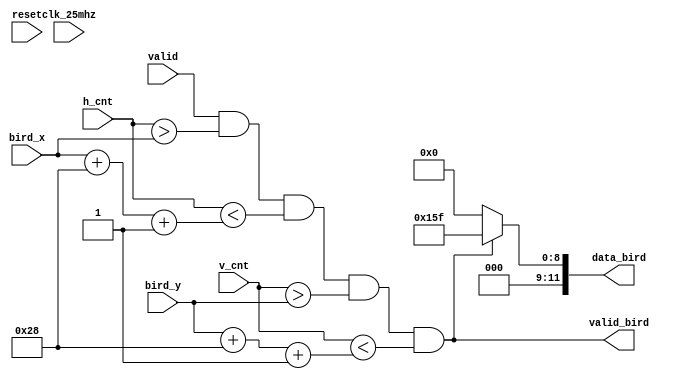
`timescale 1ns / 1ps
//////////////////////////////////////////////////////////////////////////////////
// Company: 
// Engineer: 
// 
// Design Name: 
// Module Name: bird_display
// Project Name: 
// Target Devices: 
// Tool Versions: 
// Description: 
// 
// Dependencies: 
// 
// Revision:
// Revision 0.01 - File Created
// Additional Comments:
// 
//////////////////////////////////////////////////////////////////////////////////


module bird_display
    #(parameter BIRD_LENGTH = 40,
        parameter BIRD_WIDTH = 40)
    (
    input clk_25mhz,
    input reset,
    input [9:0]bird_x,
    input [9:0]bird_y,
    input [9:0]h_cnt,
    input [9:0]v_cnt,
    input valid,
    output valid_bird,
    output [11:0]data_bird
    );

    wire[9:0] bird_x1;
    wire[9:0] bird_y1;
    wire[9:0] data;

    assign bird_x1 = bird_x + BIRD_WIDTH + 1;
    assign bird_y1 = bird_y + BIRD_LENGTH + 1;

    assign valid_bird = valid && h_cnt > bird_x && h_cnt < bird_x1 && v_cnt > bird_y && v_cnt < bird_y1;
    assign data = 12'h55f;
    assign data_bird = valid_bird ? data : 0;

endmodule